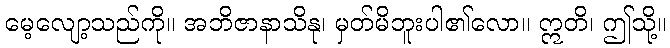
မေ့လျော့သည်ကို။ အဘိဇာနာသိနု၊ မှတ်မိဘူးပါ၏လော။ ဣတိ၊ ဤသို့။